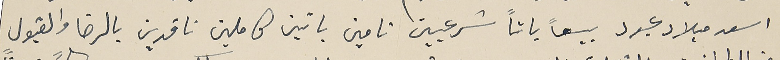
اسعد ميلاد عبود بيعاً باتاً شرعيين تامين باتين كاملين ناقدين بالرضا والقبول